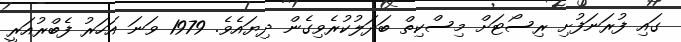
ގައި ފުރަނަފުށި ރިސޯޓަށް މިސްކިތް ބަދަލުކުރެވިގެން ދިޔައެވެ. 1979 ވަނަ އަހަރު ފެބްރުއަރީ